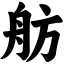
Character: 舫